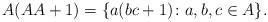
LaTeX: \begin{align*}A(AA+1)=\{a(bc+1)\colon a,b,c\in A\}.\end{align*}